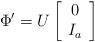
LaTeX: \begin{align*}\Phi'=U\left[\begin{array}{c} 0\\I_{a} \end{array}\right]\end{align*}